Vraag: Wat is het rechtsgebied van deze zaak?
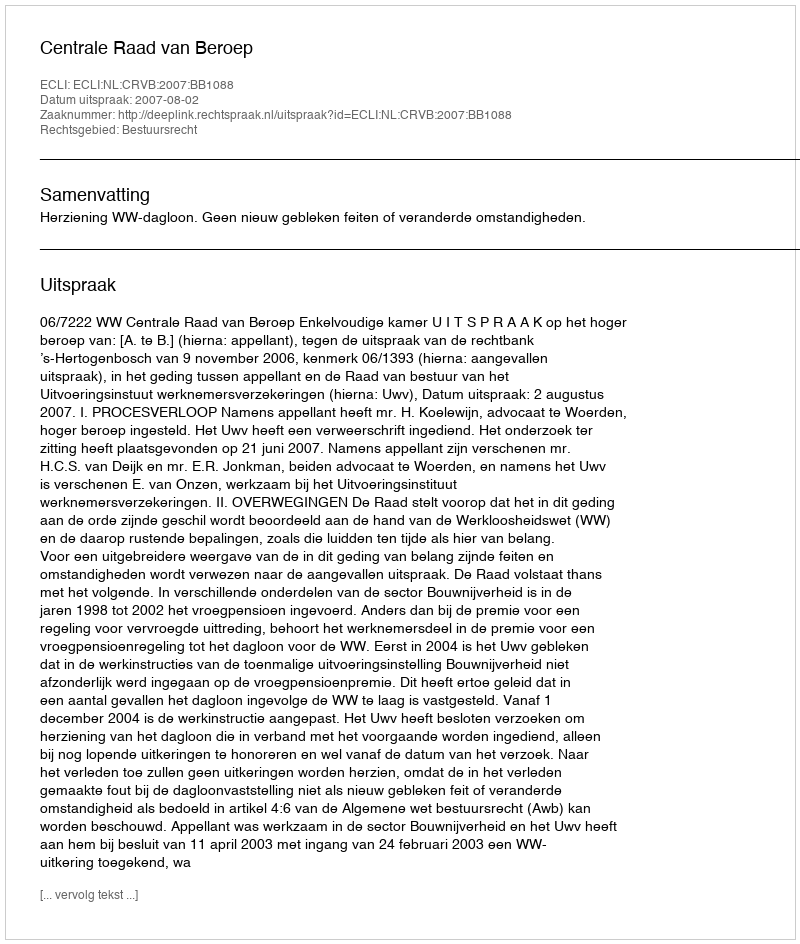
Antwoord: Bestuursrecht